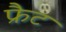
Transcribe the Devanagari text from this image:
फ्रैट